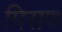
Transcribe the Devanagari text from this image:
मिसण